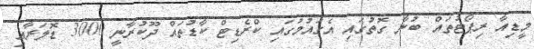
މީޑިއާ ރިޕޯޓުތައް ބުނާ ގޮތުގައި އެގައުމުގައި ކްރެޑިޓް ކާޑުތައް ދޫކުރާނީ 3000 ޑޮލަރާއި